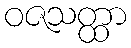
ဝဇသတ္ထာ